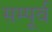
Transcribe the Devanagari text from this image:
सम्पूर्व